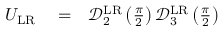
\begin{array} { r l r } { U _ { \mathrm { L R } } } & { { } = } & { \mathcal { D } _ { 2 } ^ { \mathrm { L R } } \left( \frac { \pi } { 2 } \right) \mathcal { D } _ { 3 } ^ { \mathrm { L R } } \left( \frac { \pi } { 2 } \right) } \end{array}